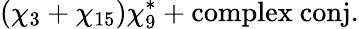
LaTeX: (\chi_{3}+\chi_{15})\chi_{9}^{*}+\mathrm{complex\ conj.}